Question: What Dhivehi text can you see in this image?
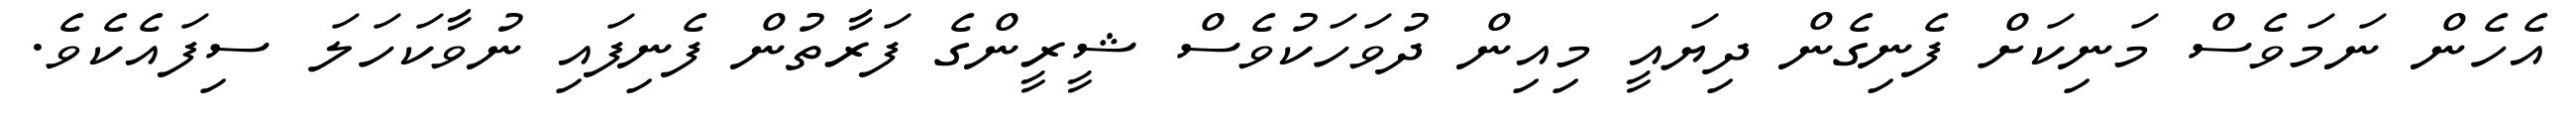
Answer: އެހެން ނަމަވެސް މަނިކަށް ފެނިގެން ދިޔައީ މިއިން ދުވަހަކުވެސް ޝީރީންގެ ފަރާތުން ފެނިފައި ނުވާކަހަލަ ސިފައެކެވެ.